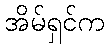
အိမ်ရှင်က